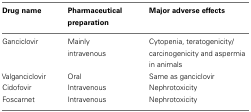
| Drug name | Pharmaceutical preparation | Major adverse effects |
 | --- | --- | --- |
 | Ganciclovir | Mainly intravenous | Cytopenia, teratogenicity/carcinogenicity and aspermia in animals |
 | Valganciclovir | Oral | Same as ganciclovir |
 | Cidofovir | Intravenous | Nephrotoxicity |
 | Foscarnet | Intravenous | Nephrotoxicity |